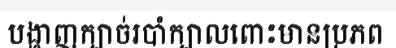
បង្ហាញក្បាច់របាំក្បាលពោះមានប្រភព